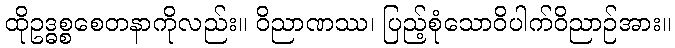
ထိုဥဒ္ဓစ္စစေတနာကိုလည်း။ ဝိညာဏဿ၊ ပြည့်စုံသောဝိပါက်ဝိညာဉ်အား။